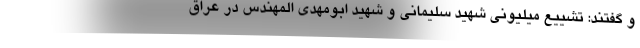
و گفتند: تشییع میلیونی شهید سلیمانی و شهید ابومهدی المهندس در عراق